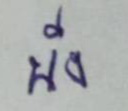
พึ่ง